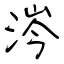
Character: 涔